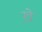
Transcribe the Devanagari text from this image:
ख़े